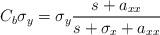
LaTeX: \begin{align*}C_b\sigma_y=\sigma_y\frac{s+a_{xx}}{s+\sigma_x+a_{xx}}\end{align*}